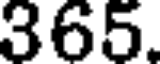
365.